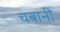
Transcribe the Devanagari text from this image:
चबानी